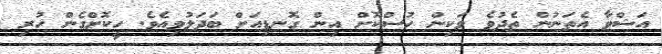
އަޝްވާ އެތަނުން ތެދުވެ ވަކިން ހުސްކޮށް އިން ގޮނޑިއަށް ބަދަލުވިއެވެ. ހީކޮށްގެން ހުރި